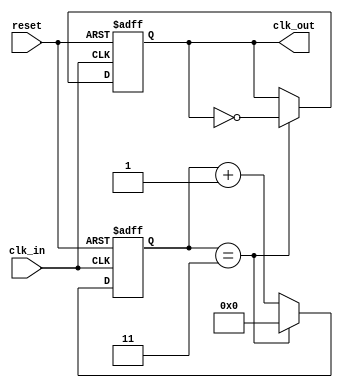
module clock_divider #(
    parameter DIV_FACTOR = 4  // Parameter to specify the division factor
)(
    input wire clk_in,         // Input clock signal
    input wire reset,          // Asynchronous reset signal
    output reg clk_out         // Output divided clock signal
);

    reg [31:0] counter;        // Internal counter to count clock cycles

    // Asynchronous reset and clock division logic
    always @(posedge clk_in or posedge reset) begin
        if (reset) begin
            counter <= 0;       // Reset the counter
            clk_out <= 0;      // Reset the output clock
        end else begin
            if (counter == (DIV_FACTOR - 1)) begin
                counter <= 0;   // Reset counter
                clk_out <= ~clk_out; // Toggle the output clock
            end else begin
                counter <= counter + 1; // Increment counter
            end
        end
    end

endmodule